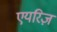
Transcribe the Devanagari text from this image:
एयरिज़